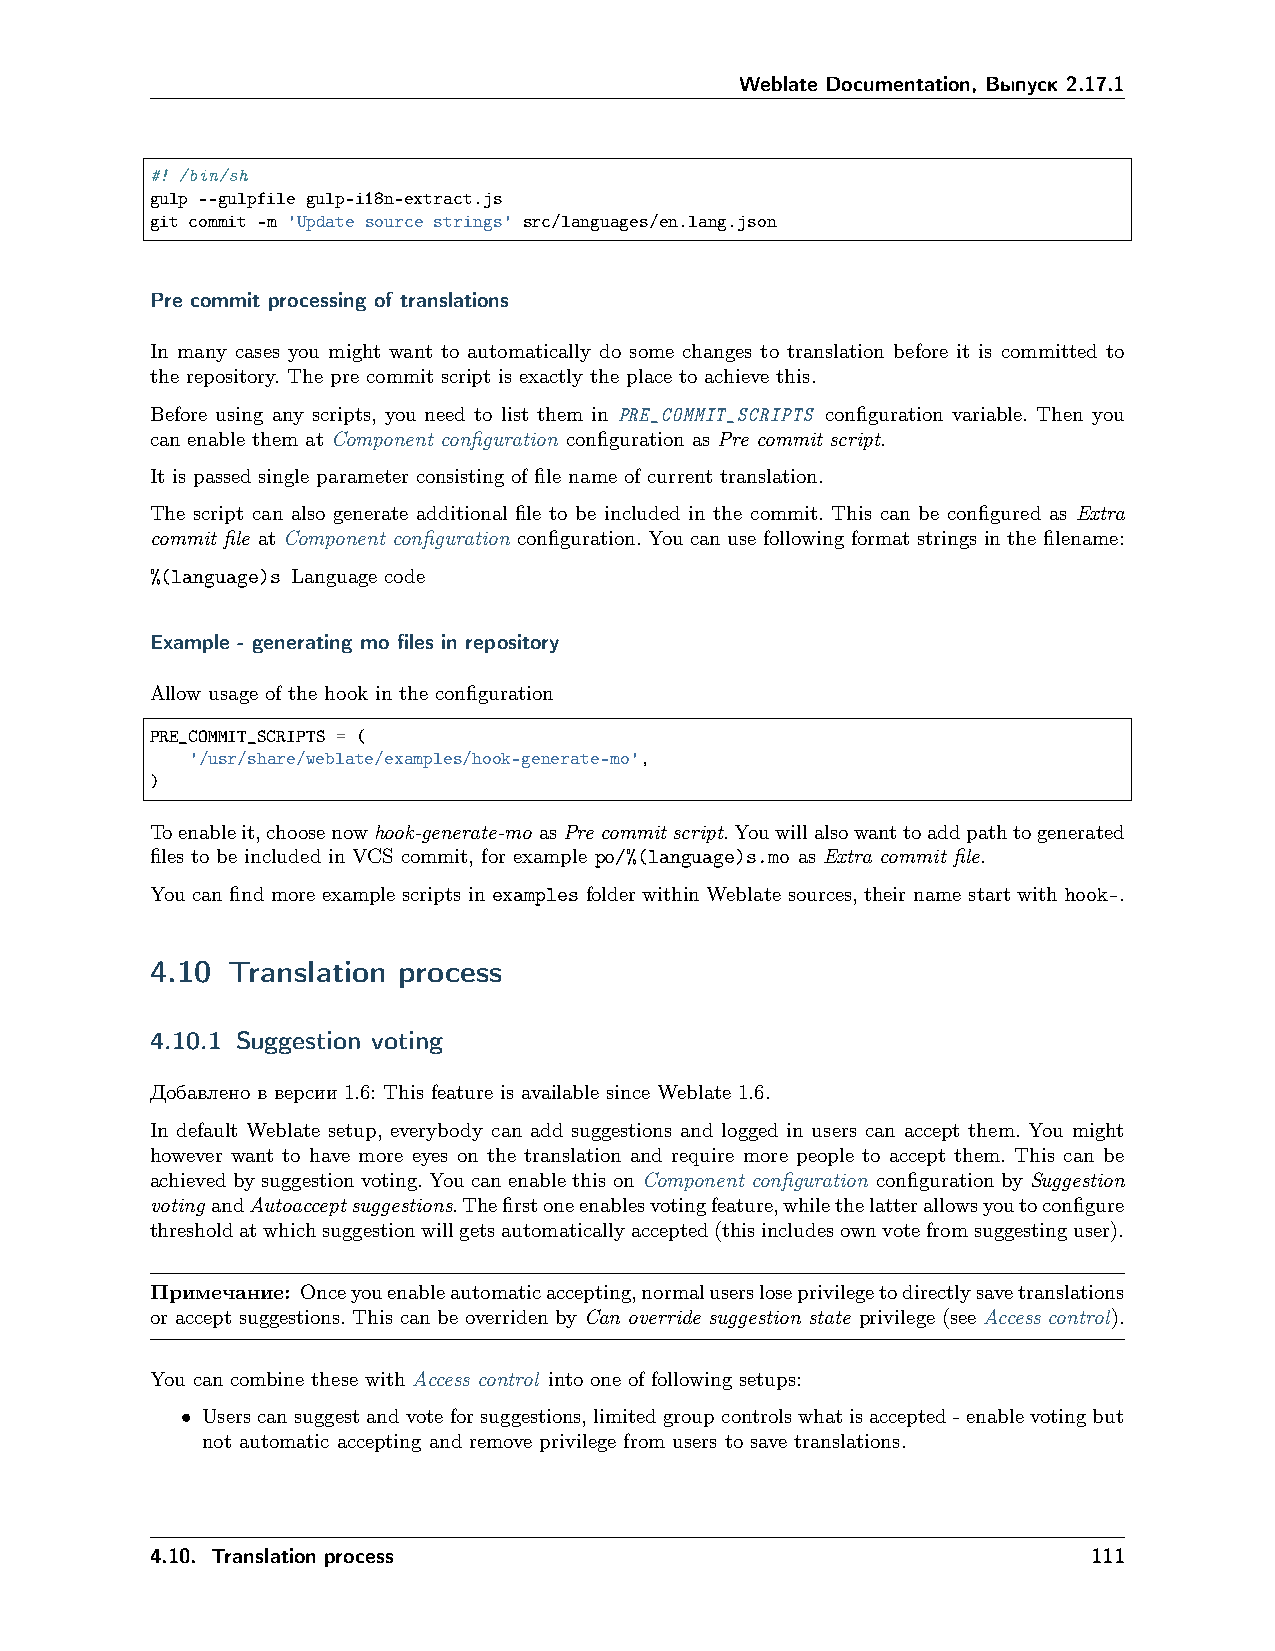
Weblate Documentation, Выпуск 2.17.1
 #! /bin/sh
 gulp --gulpfile gulp-i18n-extract.js
 git commit -m 'Update source strings' src/languages/en.lang.json
 Pre commit processing of translations
 In many cases you might want to automatically do some changes to translation before it is committed to
 the repository. The pre commit script is exactly the place to achieve this.
 Before using any scripts, you need to list them in PRE_COMMIT_SCRIPTS configuration variable. Then you
 can enable them at Component configuration configuration as Pre commit script.
 It is passed single parameter consisting of file name of current translation.
 The script can also generate additional file to be included in the commit. This can be configured as Extra
 commit file at Component configuration configuration. You can use following format strings in the filename:
 %(language)s Language code
 Example - generating mo files in repository
 Allow usage of the hook in the configuration
 PRE_COMMIT_SCRIPTS = (
 '/usr/share/weblate/examples/hook-generate-mo',
 )
 Toenableit,choosenowhook-generate-mo asPrecommitscript.Youwillalsowanttoaddpathtogenerated
 files to be included in VCS commit, for example po/%(language)s.mo as Extra commit file.
 You can find more example scripts in examples folder within Weblate sources, their name start with hook-.
 4.10 Translation process
 4.10.1 Suggestion voting
 Добавлено в версии 1.6: This feature is available since Weblate 1.6.
 In default Weblate setup, everybody can add suggestions and logged in users can accept them. You might
 however want to have more eyes on the translation and require more people to accept them. This can be
 achieved by suggestion voting. You can enable this on Component configuration configuration by Suggestion
 voting andAutoacceptsuggestions.Thefirstoneenablesvotingfeature,whilethelatterallowsyoutoconfigure
 thresholdatwhichsuggestionwillgetsautomaticallyaccepted(thisincludesownvotefromsuggestinguser).
 Примечание: Onceyouenableautomaticaccepting,normalusersloseprivilegetodirectlysavetranslations
 or accept suggestions. This can be overriden by Can override suggestion state privilege (see Access control).
 You can combine these with Access control into one of following setups:
 • Userscansuggestandvoteforsuggestions,limitedgroupcontrolswhatisaccepted-enablevotingbut
 not automatic accepting and remove privilege from users to save translations.
 4.10. Translation process                                     111